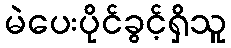
မဲပေးပိုင်ခွင့်ရှိသူ